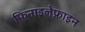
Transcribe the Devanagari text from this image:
फिनाइलेफ्राइन